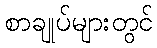
စာချုပ်များတွင်